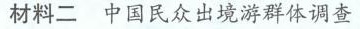
材料二 中国民众出境游群体调查